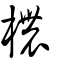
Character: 檂